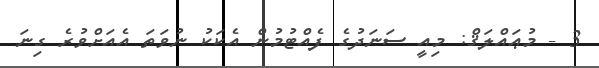
3 - މުޢައްލަޤް: މިއީ ސަނަދުގެ ފެއްޓުމުން އެކަކު ނުވަތަ އެއަށްވުރެ ގިނަ